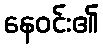
နေဝင်း၏